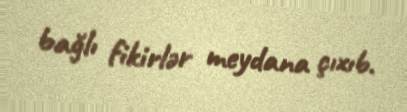
bağlı fikirlər meydana çıxıb.